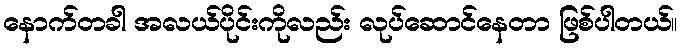
နောက်တခါ အလယ်ပိုင်းကိုလည်း လုပ်ဆောင်နေတာ ဖြစ်ပါတယ်။